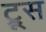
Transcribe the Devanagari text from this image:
ट्रूस